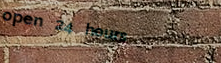
open 24 hours